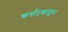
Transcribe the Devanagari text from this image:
कर्नाटकातुन